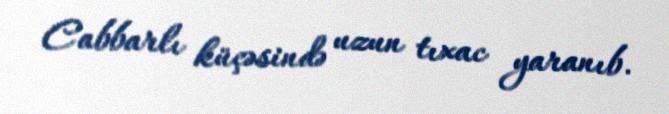
Cabbarlı küçəsində uzun tıxac yaranıb.